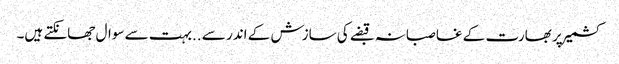
کشمیر پر بھارت کے غاصبانہ قبضے کی سازش کے اندر سے ..بہت سے سوال جھانکتے ہیں۔